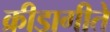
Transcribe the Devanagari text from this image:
क्रीडागीते